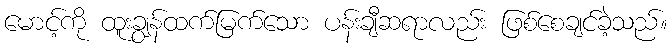
မောင့်ကို ထူးချွန်ထက်မြက်သော ပန်းချီဆရာလည်း ဖြစ်စေချင်ခဲ့သည်။